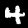
Digit: 4